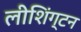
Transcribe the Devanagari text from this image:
लीशिंग्टन